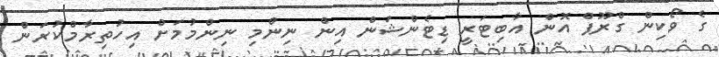
ގެ ވޯކިން ގްރޫޕް އޮން އާބިޓަރީ ޑިޓެންޝަން އިން ނިންމި ނިންމުމަށް އިހުތިރާމްކުރަން